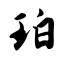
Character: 珀